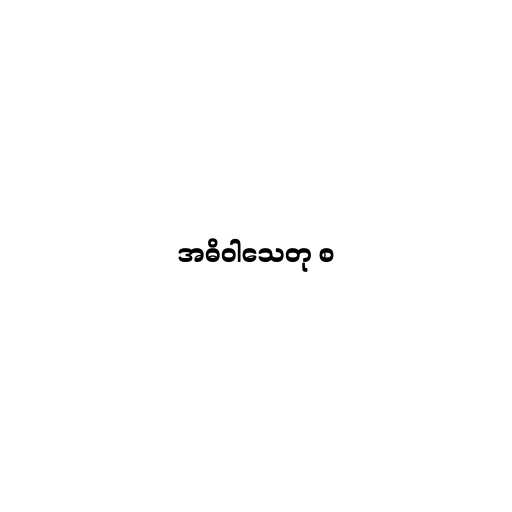
အဓိဝါသေတု စ